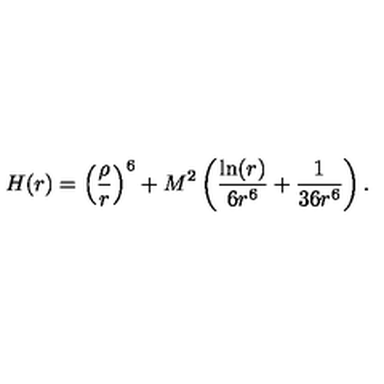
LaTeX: H ( r ) = \left( \frac { \rho } { r } \right) ^ { 6 } + M ^ { 2 } \left( \frac { \ln ( r ) } { 6 r ^ { 6 } } + \frac { 1 } { 3 6 r ^ { 6 } } \right) .